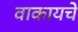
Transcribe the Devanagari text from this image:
वाकायचे